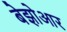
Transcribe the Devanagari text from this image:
बेझोआर